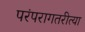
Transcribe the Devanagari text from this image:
परंपरागतरीत्या